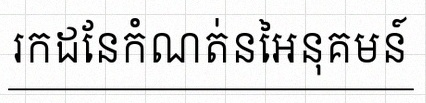
រកដែនកំណត់នៃអនុគមន៍